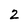
Character: 2